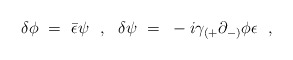
\begin{align*}\delta \phi ~=~ {\bar \epsilon} \psi~~,~~ \delta \psi~=~-i\gamma_{(+}\partial_{-)} \phi \epsilon~~, \end{align*}